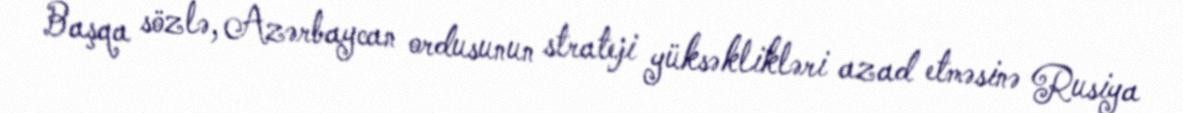
Başqa sözlə, Azərbaycan ordusunun strateji yüksəklikləri azad etməsinə Rusiya